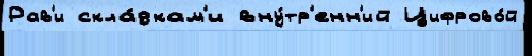
Рав'и скла́дкам'и вну́тр'енн'ий Цифрово́й